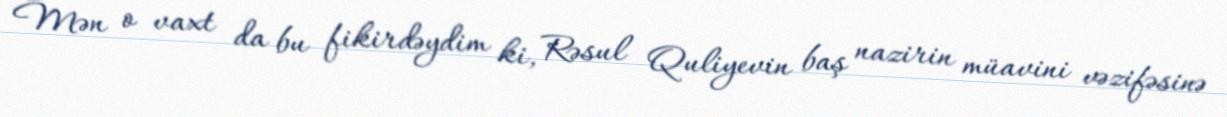
Mən o vaxt da bu fikirdəydim ki, Rəsul Quliyevin baş nazirin müavini vəzifəsinə